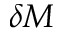
\delta M